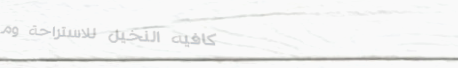
كافيه النخيل للاستراحة وم